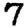
Digit: 7